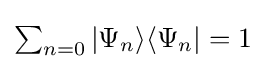
{\textstyle \sum _{n=0}|\Psi _{n}\rangle \langle \Psi _{n}|=1}